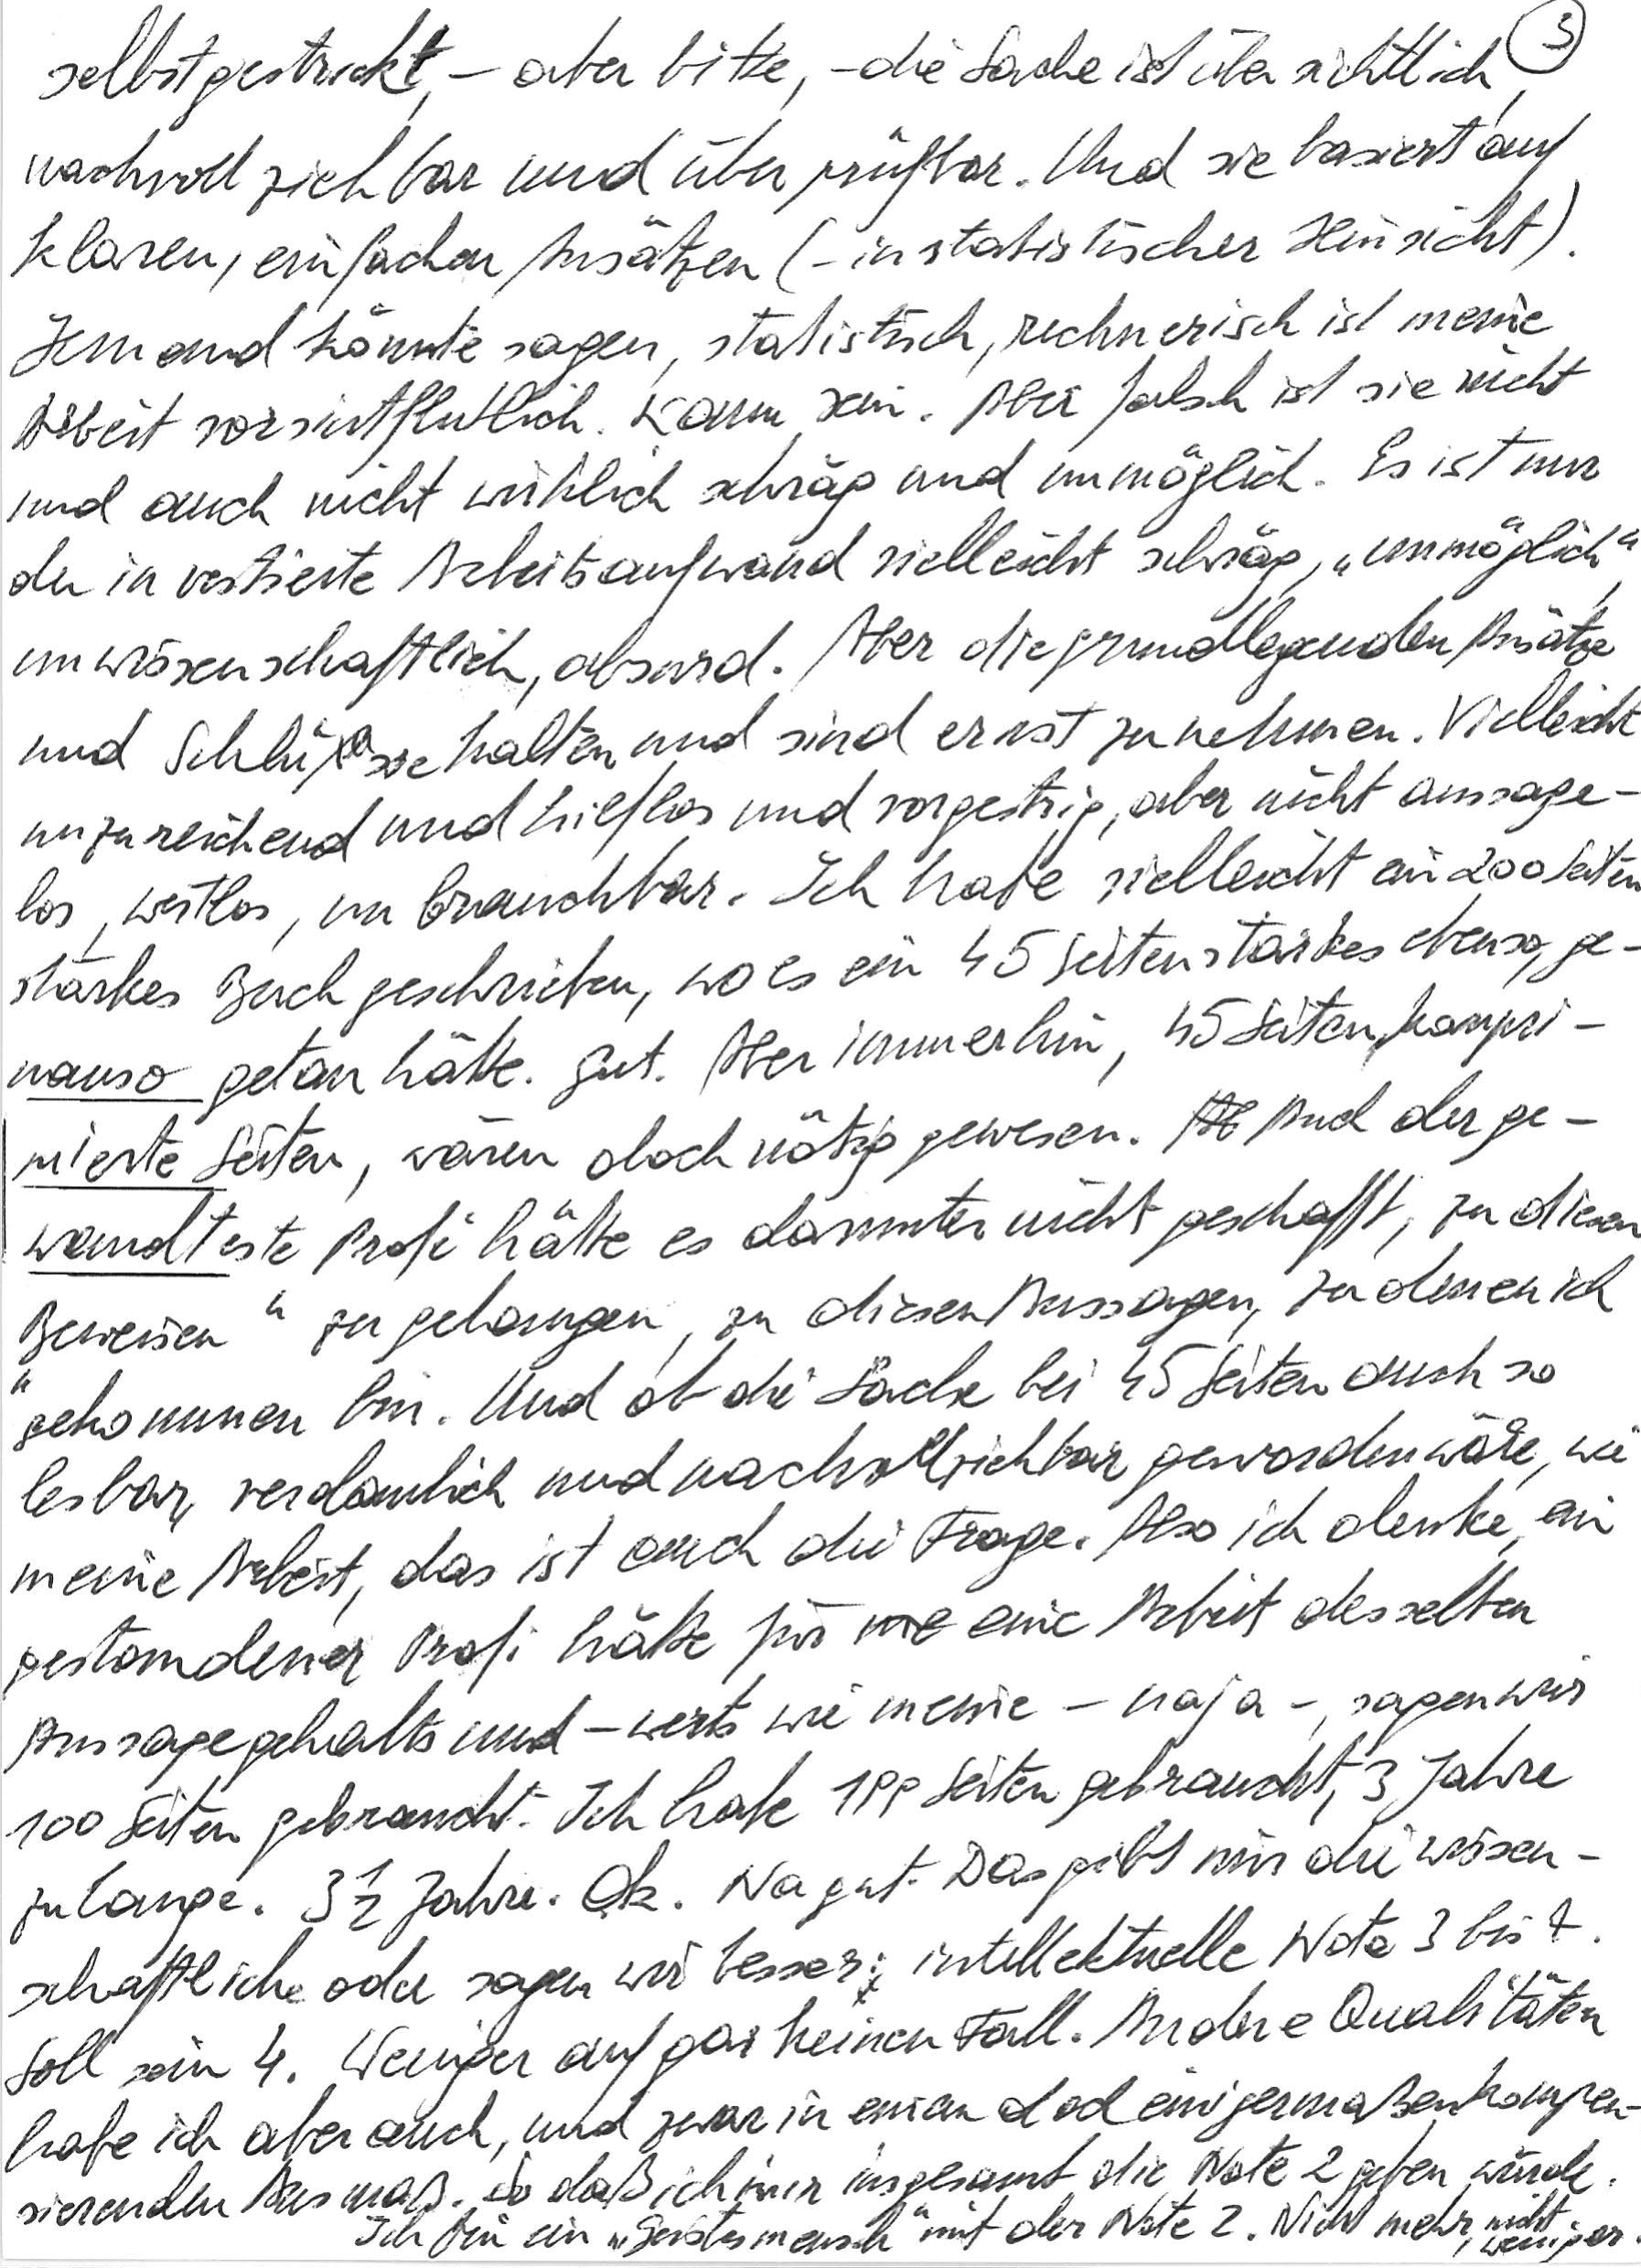
selbstgestickt, – aber bitte, – die Sache ist übersichtlich,
nachvollziehbar und überprüfbar. Und sie basiert auf
klaren, einfachen Ansätzen (– in statistischer Hinsicht).
Jemand könnte sagen, statistisch, rechnerisch ist meine
Arbeit vorsintflutlich. Kann sein. Aber falsch ist sie nicht
und auch nicht wirklich schräg und unmöglich. Es ist nur
der investierte Arbeitsaufwand vielleicht schräg, „unmöglich“,
unwissenschaftlich, absurd. Aber die grundlegenden Ansätze
und Schlüsse halten und sind ernst zu nehmen. Vielleicht
unzureichend und hilflos und vorgestrig, aber nicht aussage-
los, wertlos, unbrauchbar. Ich habe vielleicht ein 200 Seiten
starkes Buch geschrieben, wo es ein 45 Seiten starkes ebenso, ge-
nauso getan hätte. Gut. Aber immerhin, 45 Seiten, kompri-
mierte Seiten, wären doch nötig gewesen. Auch der ge-
wandteste Profi hätte es darunter nicht geschafft, zu diesen
„Beweisen“ zu gelangen, zu diesen Aussagen, zu denen ich
gekommen bin. Und ob die Sache bei 45 Seiten auch so
lesbar, verdaulich und nachvollziehbar geworden wäre, wie
meine Arbeit, das ist auch die Frage. Also ich denke, ein
gestandener Profi hätte für eine Arbeit desselben
Aussagegehalts und –werts wie meine – naja –, sagen wir
100 Seiten gebraucht. Ich habe 199 Seiten gebraucht, 3 Jahre
zu lange. 3 ½ Jahre. O.k. Na gut. Das gibt mir die wissen-
schaftliche oder sagen wir besser: intellektuelle Note 3 bis 4.
Soll sein 4. Weniger auf gar keinen Fall. Andere Qualitäten
habe ich aber auch, und zwar in einem doch einigermaßen kompen-
sierenden Ausmaß. So daß ich mir insgesamt die Note 2 geben würde.
Ich bin ein „Geistesmensch“ mit der Note 2. Nicht mehr, nicht
weniger.